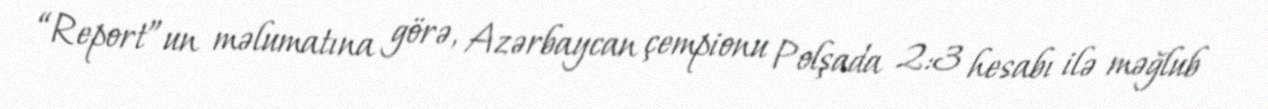
“Report”un məlumatına görə, Azərbaycan çempionu Polşada 2:3 hesabı ilə məğlub